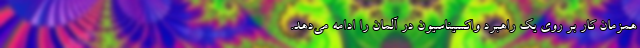
همزمان کار بر روی یک راهبرد واکسیناسیون در آلمان را ادامه می‌دهد.